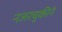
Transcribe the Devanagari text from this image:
नजरचुकीने